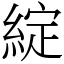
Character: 綻